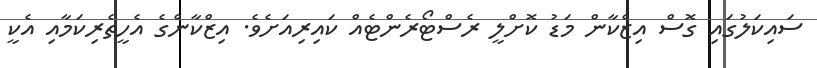
ސައިކަލުގައި ގޮސް އިޒްކާން މަޑު ކޮށްލީ ރެސްޓޯރެންޓެއް ކައިރިއަށެވެ. އިޒްކާންގެ އެހީތެރިކަމާއި އެކީ